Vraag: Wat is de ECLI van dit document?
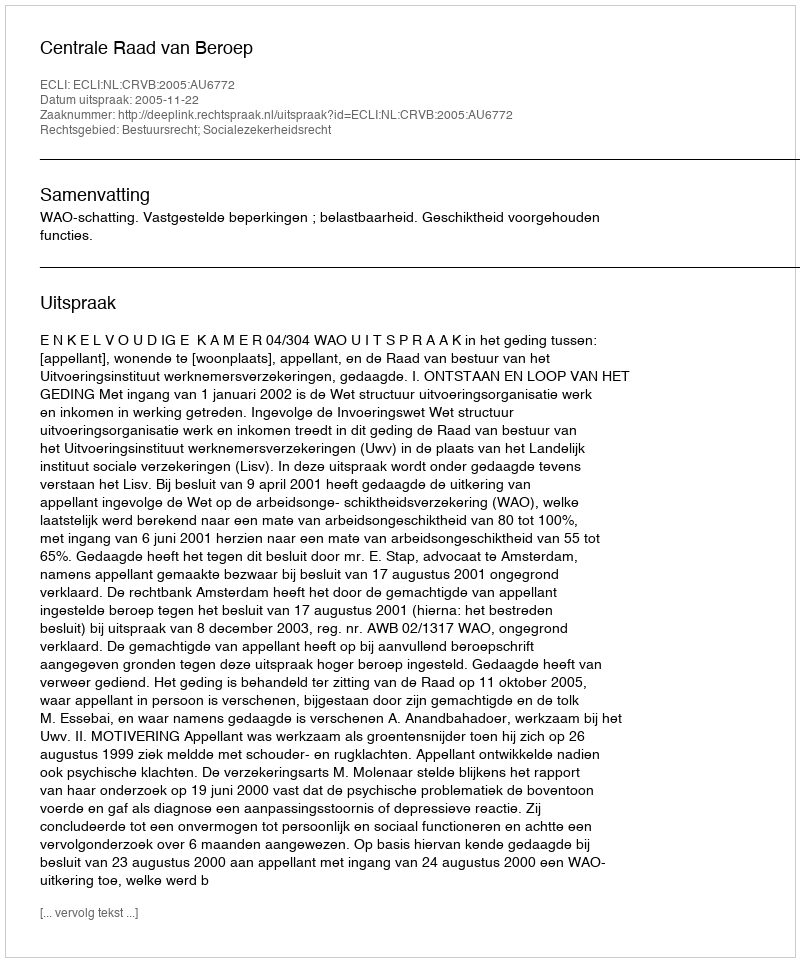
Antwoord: ECLI:NL:CRVB:2005:AU6772